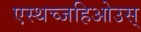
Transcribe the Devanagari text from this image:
एस्थच्जहिओउस्